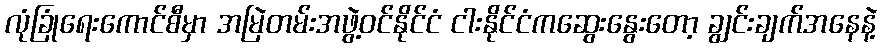
လုံခြုံရေးကောင်စီမှာ အမြဲတမ်းအဖွဲ့ဝင်နိုင်ငံ ငါးနိုင်ငံကဆွေးနွေးတော့ ချွင်းချက်အနေနဲ့